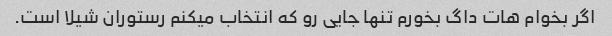
اگر بخوام هات داگ بخورم تنها جایی رو که انتخاب میکنم رستوران شیلا است.